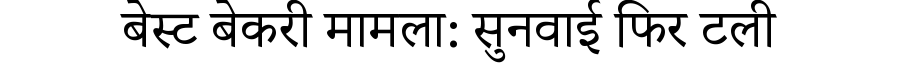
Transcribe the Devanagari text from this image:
बेस्ट बेकरी मामला: सुनवाई फिर टली